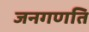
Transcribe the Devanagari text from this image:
जनगणति